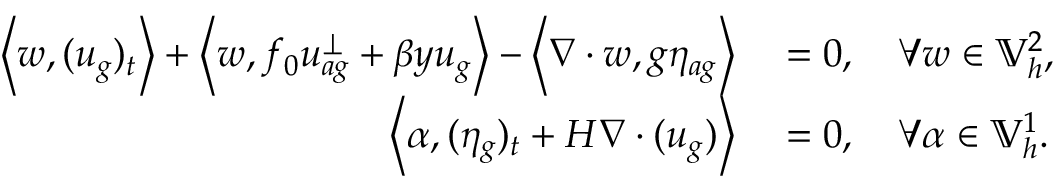
\begin{array} { r l } { \left\langle w , ( u _ { g } ) _ { t } \right\rangle + \left\langle w , f _ { 0 } u _ { a g } ^ { \perp } + \beta y u _ { g } \right\rangle - \left\langle \nabla \cdot w , g \eta _ { a g } \right\rangle } & { { } = 0 , \quad \forall w \in \mathbb { V } _ { h } ^ { 2 } , } \\ { \left\langle \alpha , ( \eta _ { g } ) _ { t } + H \nabla \cdot ( u _ { g } ) \right\rangle } & { { } = 0 , \quad \forall \alpha \in \mathbb { V } _ { h } ^ { 1 } . } \end{array}